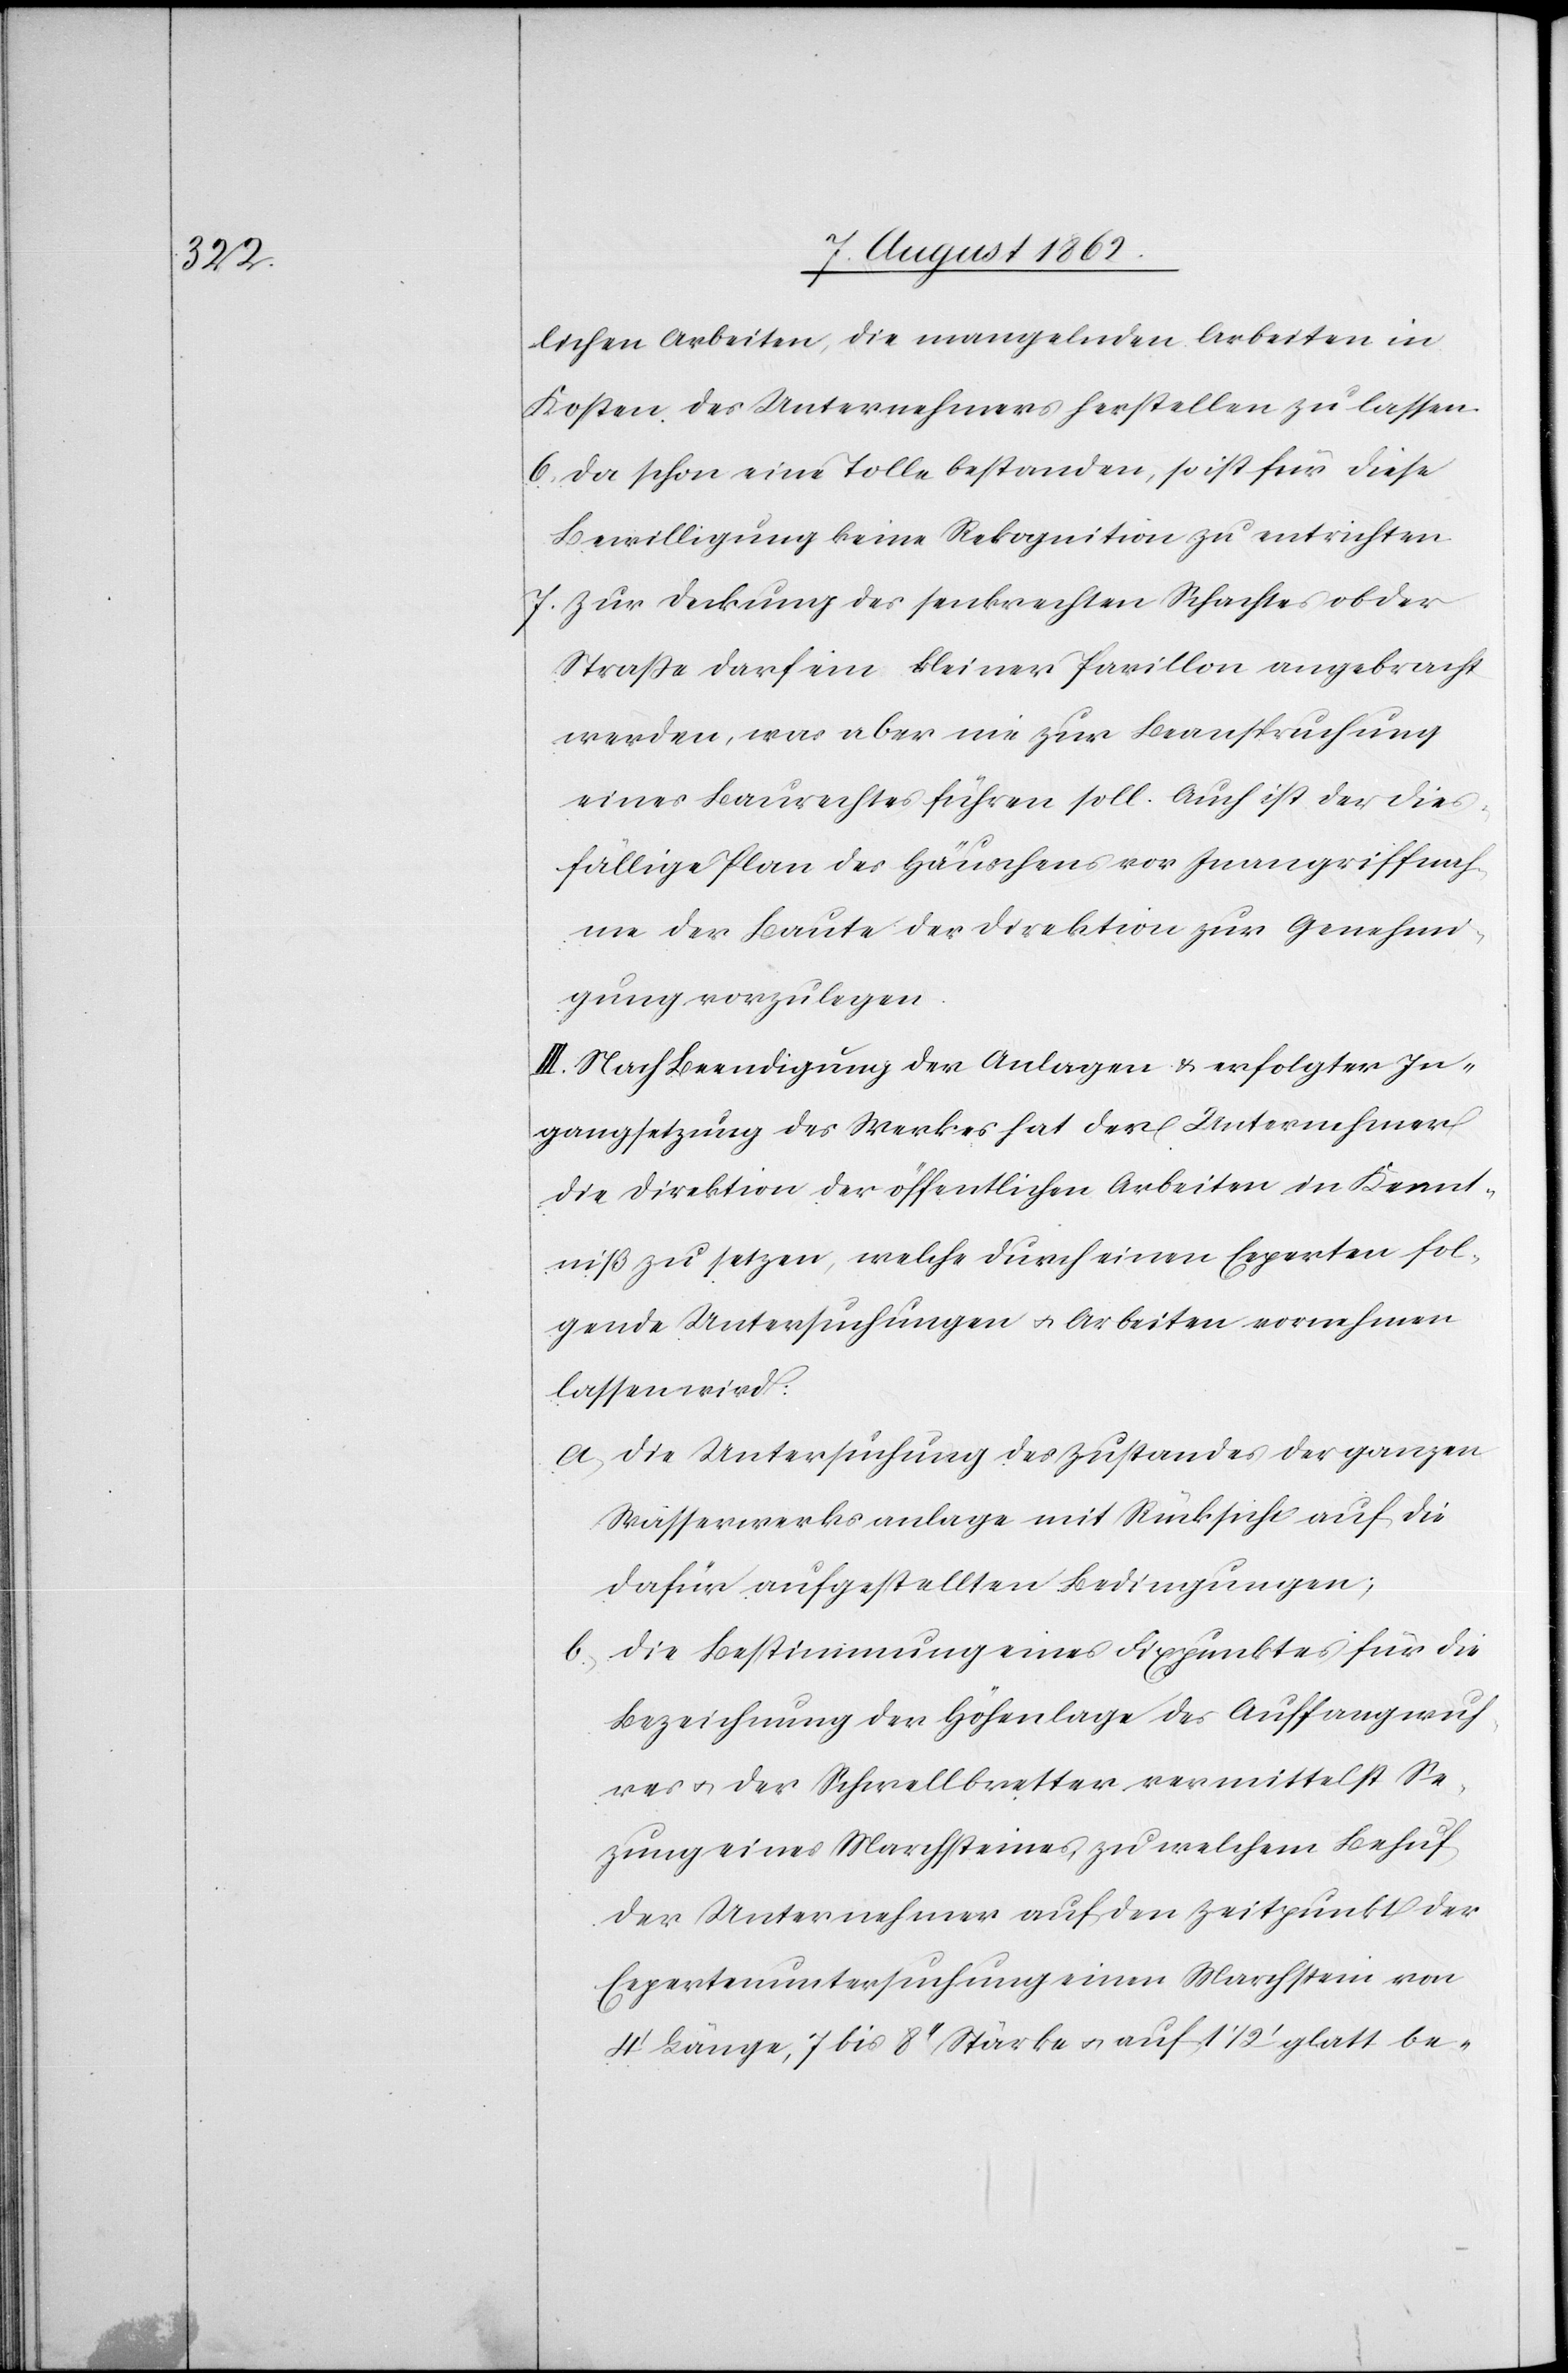
lichen Arbeiten, die mangelnden Arbeiten in
Kosten des Unternehmers herzustellen zu lassen.
6. Da schon eine Tolle bestanden, so ist für diese
Bewilligung keine Rekognition zu entrichten.
7. Zur Deckung des senkrechten Schachtes ob der
Straße darf ein kleiner Pavillon angebracht
werden, was aber nie zur Beanspruchung
eines Baurechtes führen soll. Auch ist der dies¬
fällige Plan des Häuschens vor Inangriffnah¬
me der Baute der Direktion zur Genehmi¬
gung vorzulegen.
III. Nach Beendigung der Anlagen u. erfolgter In¬
gangsetzung des Werkes hat der Unternehmer
die Direktion der öffentlichen Arbeiten in Kennt¬
niß zu setzen, welche durch einen Experten fol¬
gende Untersuchungen u. Arbeiten vornehmen
lassen wird:
a) Die Untersuchung des Zustandes der ganzen
Wasserwerksanlage mit Rücksicht auf die
dafür aufgestellten Bedingungen;
b) Die Bestimmung eines Fixpunktes für die
Bezeichnung der Höhenlage des Auffangwuh¬
res u. der Schwellbretter vermittelst Se¬
zung eines Marchsteines, zu welchem Behuf
der Unternehmer auf den Zeitpunkt der
Expertenuntersuchung einen Marchstein von
4’ Länge, 7 bis 8’’ Stärke u. auf 1 1/2’ glatt be-